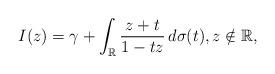
LaTeX: \begin{align*}I(z)=\gamma+\int_{\mathbb{R}}\frac{z+t}{1-tz}\,d\sigma(t),z\notin\mathbb{R},\end{align*}